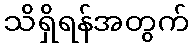
သိရှိရန်အတွက်